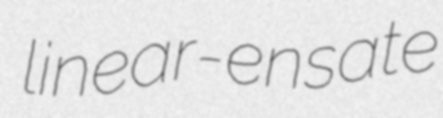
linear-ensate